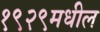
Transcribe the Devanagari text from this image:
१९२९मधील